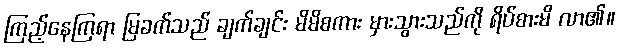
ကြည့်နေကြရာ မြခက်သည် ချက်ချင်း မိမိစကား မှားသွားသည်ကို ရိပ်စားမိ လာ၏။